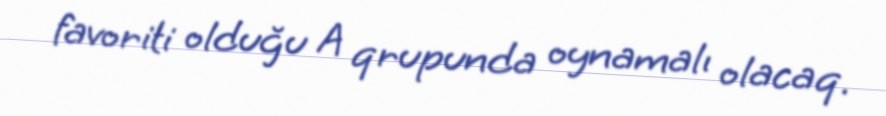
favoriti olduğu A qrupunda oynamalı olacaq.